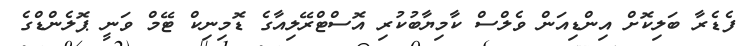
ފެޑެރާ ބަލިކޮށް އިންޑިއަން ވެލްސް ކާމިޔާބުކުރި އޮސްޓްރޭލިއާގެ ޑޮމިނިކް ޓޭމް ވަނީ ޕޮލެންޑްގެ